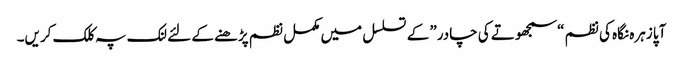
‎ آپا زہرہ نگاہ کی نظم “سمجھوتے کی چادر” کے تسلسل میں مکمل نظم پڑھنے کے لئے لنک پہ کلک کریں۔